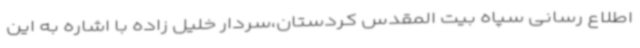
اطلاع رسانی سپاه بیت المقدس کردستان،سردار خلیل زاده با اشاره به این